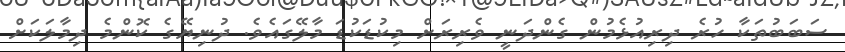
ސަބަބުތަކާ ހުރެ ދިރިއުޅެމުން ގެންދަނީ ވެރިރަށް މިކުޑަކުޑަ މާލޭގައެވެ. ދުނިޔޭގެ ކޮންމެ ދިމާލަކަށް